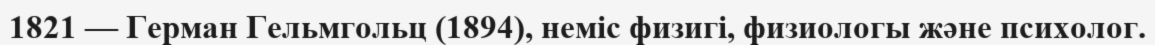
1821 — Герман Гельмгольц (1894), неміс физигі, физиологы және психолог.